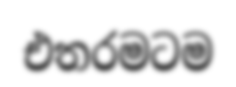
එතරමටම